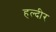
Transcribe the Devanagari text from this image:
हल्दीर